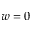
w = 0